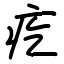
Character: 疙